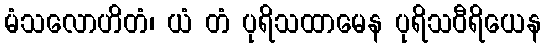
မံသလောဟိတံ၊ ယံ တံ ပုရိသထာမေန ပုရိသဝီရိယေန